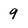
Character: 9